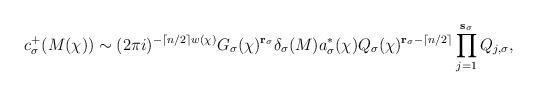
LaTeX: \begin{align*} c_{\sigma}^{+}(M(\chi))\sim(2\pi i)^{-\lceil n/2\rceil w(\chi)}G_{\sigma}(\chi)^{\mathbf{r}_{\sigma}}\delta_{\sigma}(M)a_{\sigma}^{*}(\chi)Q_{\sigma}(\chi)^{\mathbf{r}_{\sigma}-\lceil n/2\rceil}\prod_{j=1}^{\mathbf{s}_{\sigma}}Q_{j,\sigma}, \end{align*}